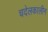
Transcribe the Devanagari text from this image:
चदेलकालीन